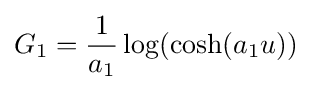
G_{1}={\frac {1}{a_{1}}}\log(\cosh(a_{1}u))